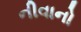
નીવાનો